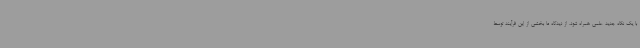
با یک نگاه جدید علمی همراه شود، از دیدگاه ما بخشی از این فرآیند توسط